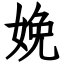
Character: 娩